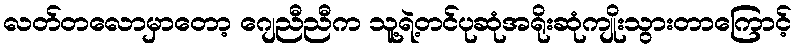
လတ်တလောမှာတော့ ဂျေညီညီက သူ့ရဲ့တင်ပုဆုံအရိုးဆုံကျိုးသွားတာကြောင့်